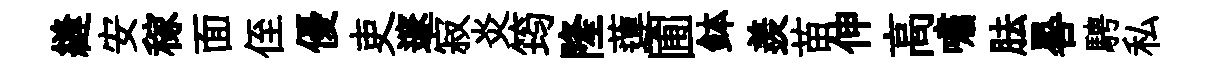
縫安稼面侄優吏邃寂炎筠隆蓮圃鉢羨苗伸高嘯胠晷騁私